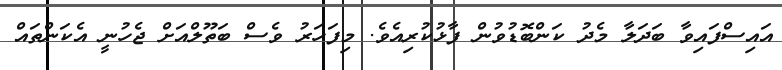
އައިސްފައިވާ ބަދަލާ މެދު ކަންބޮޑުވުން ފާޅުކުރިއެވެ. މިފަހަރު ވެސް ބަތޫލްއަށް ޖެހުނީ އެކަންތައް